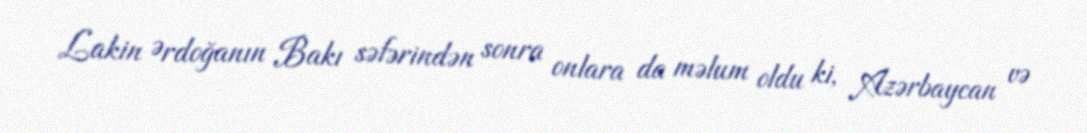
Lakin Ərdoğanın Bakı səfərindən sonra onlara da məlum oldu ki, Azərbaycan və